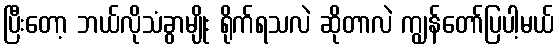
ပြီးတော့ ဘယ်လိုသံခွာမျိုး ရိုက်ရသလဲ ဆိုတာလဲ ကျွန်တော်ပြပါ့မယ်